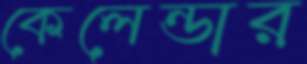
কেলেন্ডার